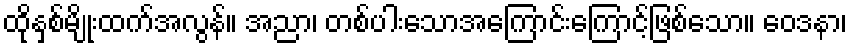
ထိုနှစ်မျိုးထက်အလွန်။ အညာ၊ တစ်ပါးသောအကြောင်းကြောင့်ဖြစ်သော။ ဝေဒနာ၊